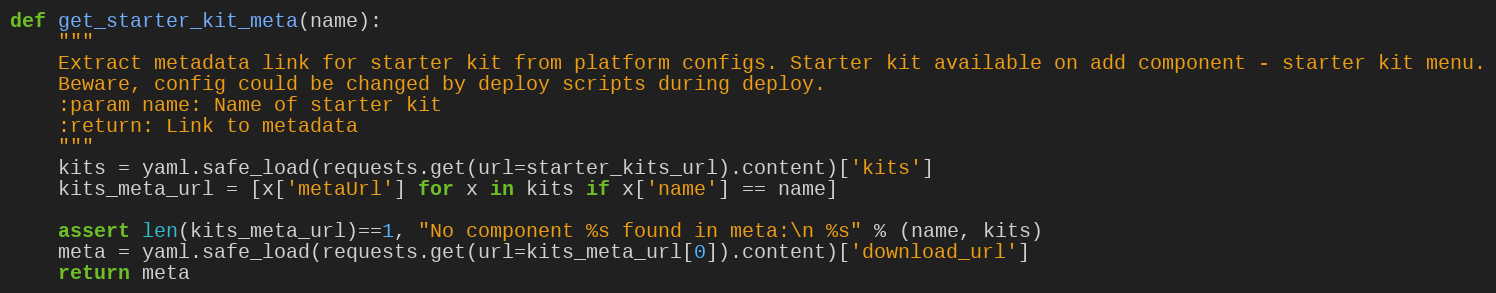
Language: Python
def get_starter_kit_meta(name):
    """
    Extract metadata link for starter kit from platform configs. Starter kit available on add component - starter kit menu.
    Beware, config could be changed by deploy scripts during deploy.
    :param name: Name of starter kit
    :return: Link to metadata
    """
    kits = yaml.safe_load(requests.get(url=starter_kits_url).content)['kits']
    kits_meta_url = [x['metaUrl'] for x in kits if x['name'] == name]

    assert len(kits_meta_url)==1, "No component %s found in meta:\n %s" % (name, kits)
    meta = yaml.safe_load(requests.get(url=kits_meta_url[0]).content)['download_url']
    return meta